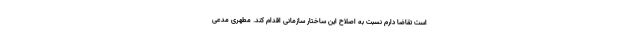
است تقاضا دارم نسبت به اصلاح این ساختار سازمانی اقدام کند. مطهری مدعی